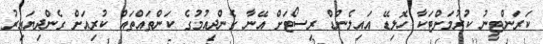
ކަރަންޓީނު ކުރުމަށްޓަކާ ހޮލިޑޭ އައިލެންޑް ރިސޯޓަށް އޭނާ ގެންދިއުމުގެ ކަންތައްތައް ކުރިއަށް ގެންދިޔައިރު